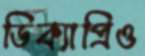
ডিক্যাপ্রিও